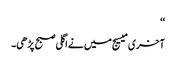
‘‘
آخری میسیج میں نے اگلی صبح پڑھی۔